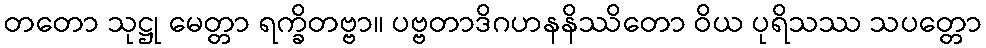
တတော သုဋ္ဌု မေတ္တာ ရက္ခိတဗ္ဗာ။ ပဗ္ဗတာဒိဂဟနနိဿိတော ဝိယ ပုရိသဿ သပတ္တော